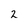
Character: 2